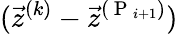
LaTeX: (\vec{z}^{(k)}-\vec{z}^{(\mathrm{~P~}_{i+1})})